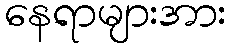
နေရာများအား